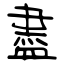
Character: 盡